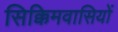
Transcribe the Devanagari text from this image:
सिक्किमवासियों